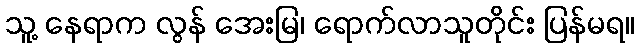
သူ့ နေရာက လွန် အေးမြ၊ ရောက်လာသူတိုင်း ပြန်မရ။